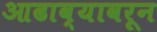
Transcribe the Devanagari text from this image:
आढाव्यावरून